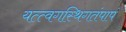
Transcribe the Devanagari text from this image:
यत्त्वगस्थिगतंपापं